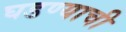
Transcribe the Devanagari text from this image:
घडण्याची